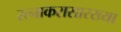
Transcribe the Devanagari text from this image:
रत्नाकरासारख्या